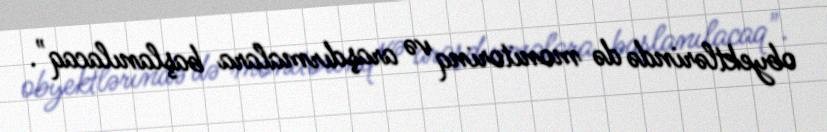
obyektlərində də monitorinq və araşdırmalara başlanılacaq".